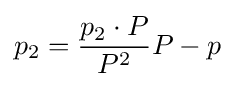
p_{2}={\frac {p_{2}\cdot P}{P^{2}}}P-p